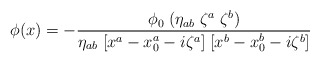
\begin{align*}\phi(x) = - {\phi_0 \; (\eta_{ab} \; \zeta^a \; \zeta^b)\over\eta_{ab} \;[x^a-x_0^a-i\zeta^a] \; [x^b-x_0^b-i \zeta^b]}\end{align*}